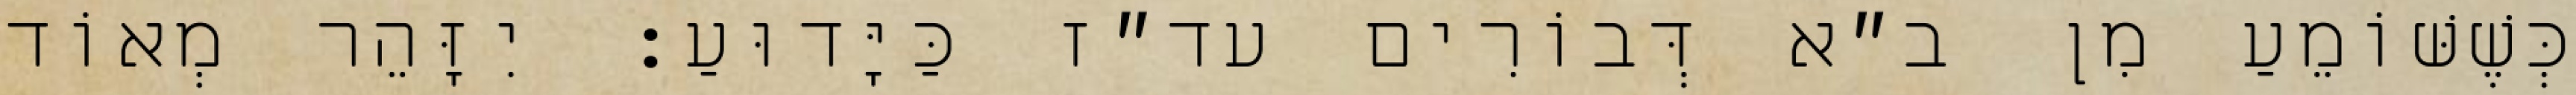
כְּשֶׁשּׁוֹמֵעַ מִן ב״א דְּבוֹרִים עד״ז כַּיָּדוּעַ: יִזָּהֵר מְאוֹד